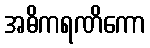
အဓိကရဏိကော